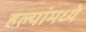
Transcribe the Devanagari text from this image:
हल्यांमध्ये